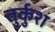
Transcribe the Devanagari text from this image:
तुर्कुश